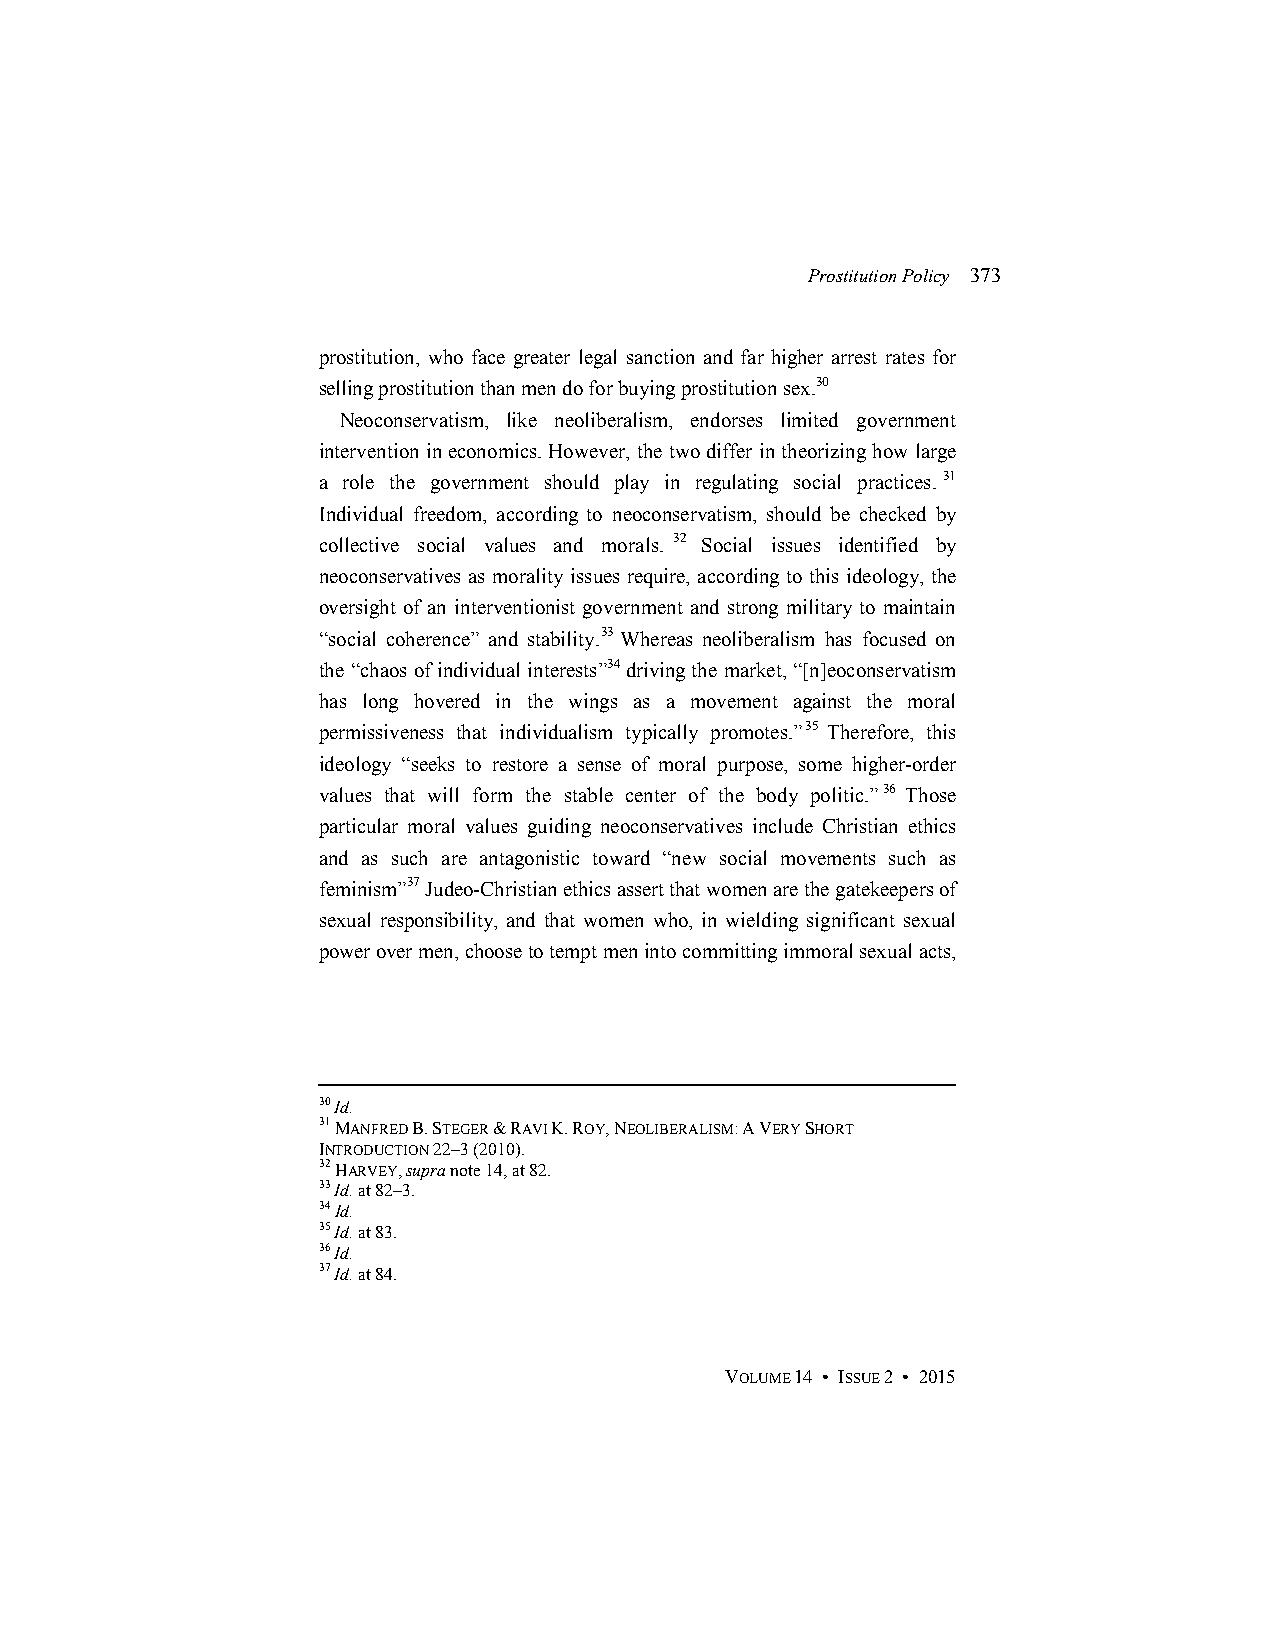
Prostitution Policy 373
 prostitution, who face greater legal sanction and far higher arrest rates for
 selling prostitution than men do for buying prostitution sex.30
 Neoconservatism, like neoliberalism, endorses limited government
 intervention in economics. However, the two differ in theorizing how large
 a role the government should play in regulating social practices.31
 Individual freedom, according to neoconservatism, should be checked by
 collective social values and morals. 32 Social issues identified by
 neoconservatives as morality issues require, according to this ideology, the
 oversight of an interventionist government and strong military to maintain
 “social coherence” and stability.33 Whereas neoliberalism has focused on
 the “chaos of individual interests”34 driving the market, “[n]eoconservatism
 has long hovered in the wings as a movement against the moral
 permissiveness that individualism typically promotes.”35 Therefore, this
 ideology “seeks to restore a sense of moral purpose, some higher-order
 values that will form the stable center of the body politic.”36 Those
 particular moral values guiding neoconservatives include Christian ethics
 and as such are antagonistic toward “new social movements such as
 feminism”37 Judeo-Christian ethics assert that women are the gatekeepers of
 sexual responsibility, and that women who, in wielding significant sexual
 power over men, choose to tempt men into committing immoral sexual acts,
 30 Id.
 31 MANFRED B. STEGER & RAVI K. ROY, NEOLIBERALISM: A VERY SHORT
 INTRODUCTION 22–3 (2010).
 32 HARVEY, supra note 14, at 82.
 33 Id. at 82–3.
 34 Id.
 35 Id. at 83.
 36 Id.
 37 Id. at 84.
 VOLUME 14 • ISSUE 2 • 2015